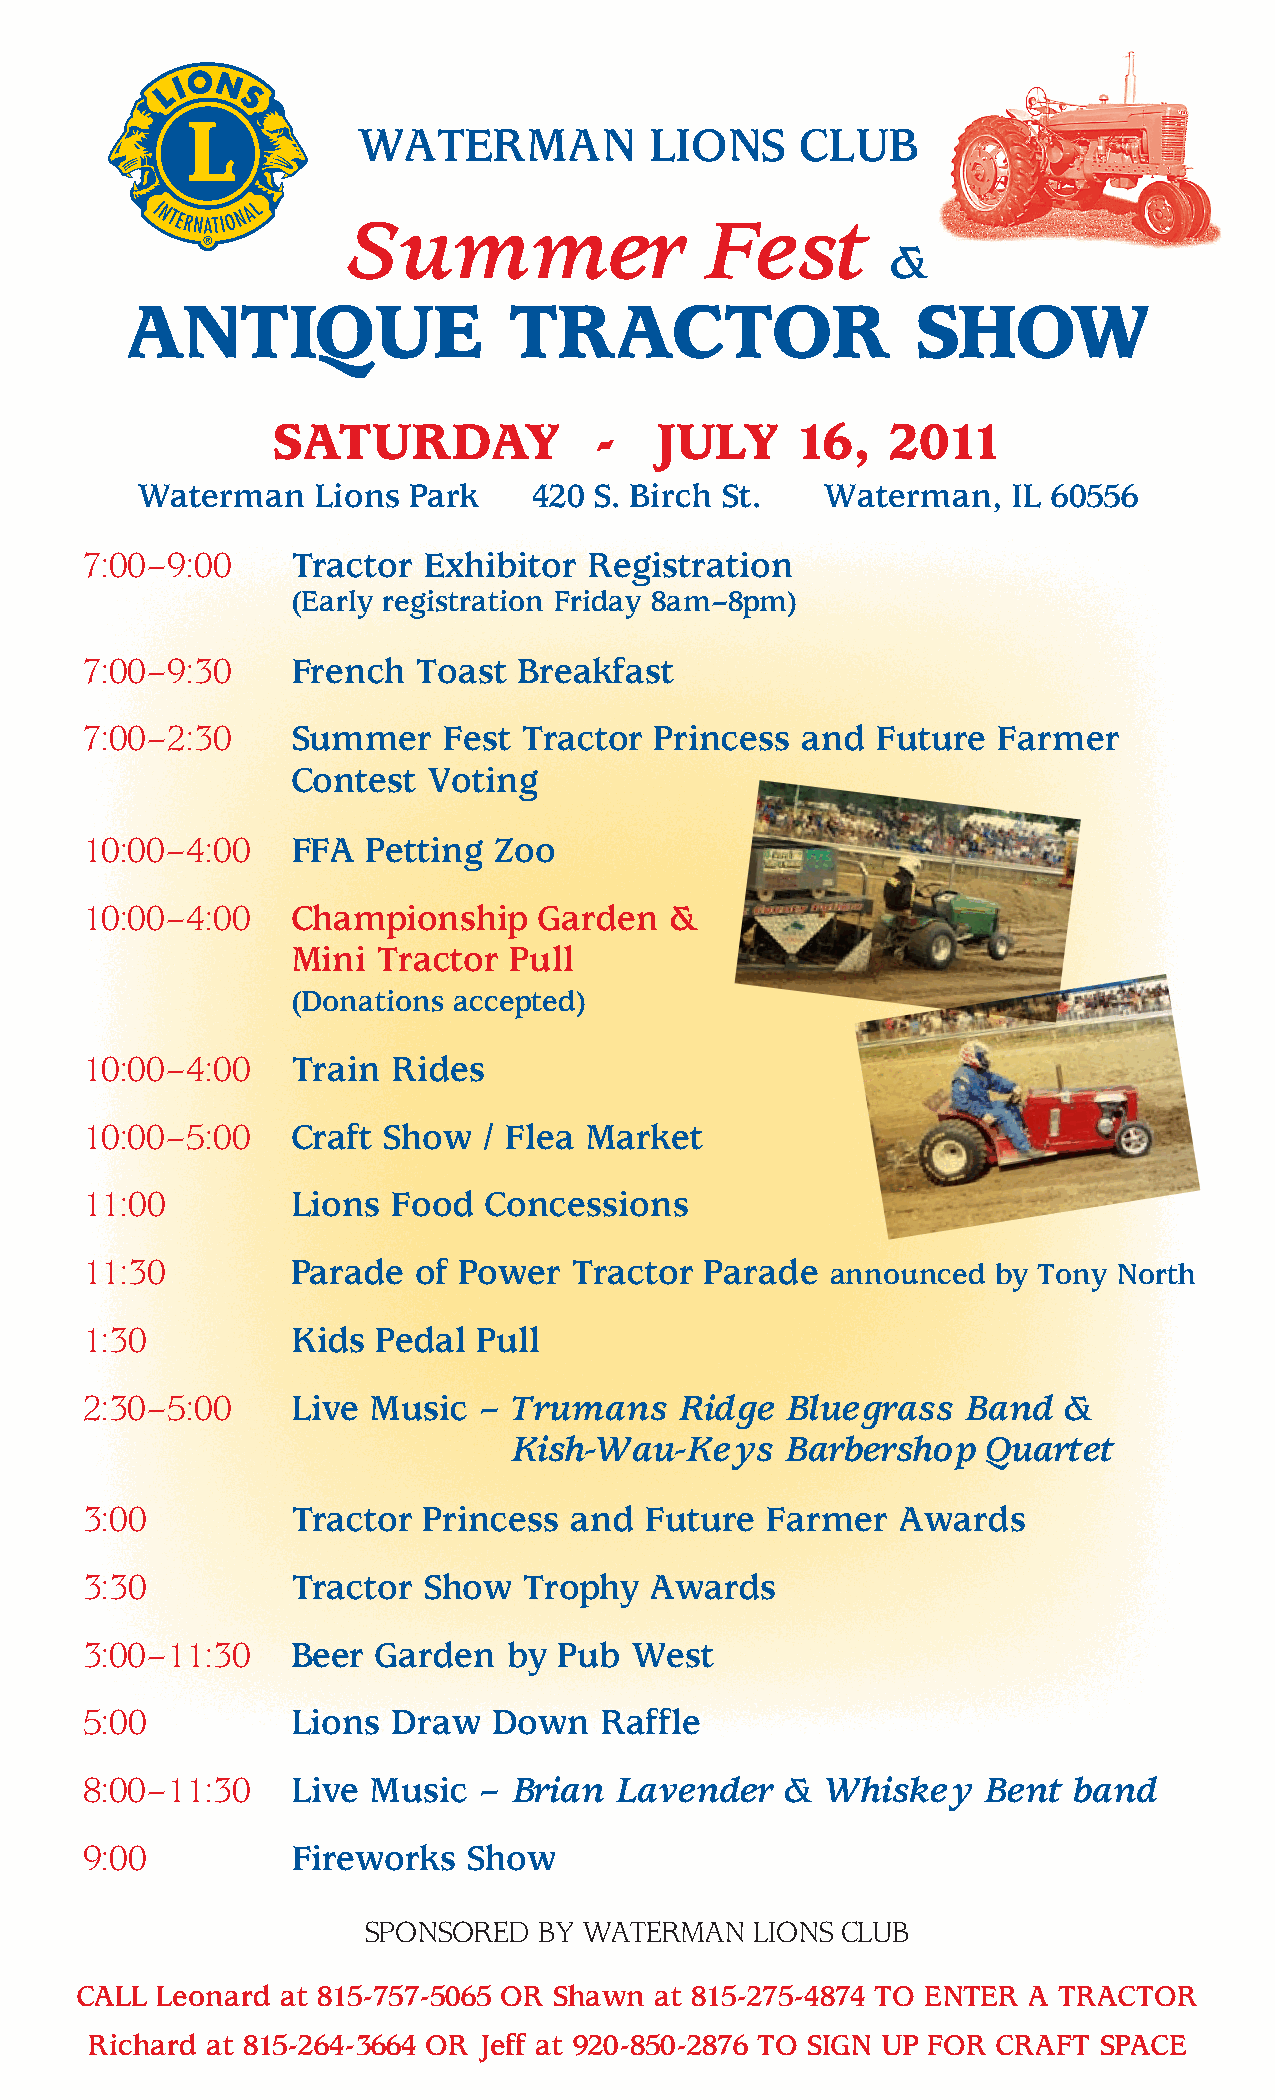
WATERMAN           LIONS     CLUB
 Summer                  Fest
 &
 ANTIQUE                   TRACTOR                    SHOW
 SATURDAY             -   JULY      16,   2011
 Waterman    Lions Park    420 S. Birch St.    Waterman,   IL 60556
 7:00–9:00    Tractor  Exhibitor  Registration
 (Early registration Friday 8am–8pm)
 7:00–9:30    French   Toast Breakfast
 7:00–2:30    Summer    Fest  Tractor Princess  and  Future  Farmer
 Contest  Voting
 10:00–4:00   FFA  Petting  Zoo
 10:00–4:00   C hampionship    Garden  &
 Mini  Tractor  Pull
 (Donations accepted)
 10:00–4:00   Train  Rides
 10:00–5:00   Craft Show   / Flea Market
 11:00        Lions  Food  Concessions
 11:30        Parade   of Power  Tractor  Parade  announced  by Tony North
 1:30         Kids  Pedal  Pull
 2:30–5:00    Live  Music  – Trumans    Ridge  Bluegrass   Band  &
 Kish-Wau-Keys     Barbershop   Quartet
 3:00         Tractor  Princess  and  Future  Farmer   Awards
 3:30         Tractor  Show   Trophy  Awards
 3:00–11:30   Beer  Garden   by Pub  West
 5:00         Lions  Draw   Down   Raffle
 8:00–11:30   Live  Music  – Brian  Lavender   &  Whiskey   Bent  band
 9:00         Fireworks   Show
 SPONSORED   BY WATERMAN   LIONS CLUB
 CALL Leonard  at 815-757-5065 OR Shawn at 815-275-4874 TO ENTER A TRACTOR
 Richard at 815-264-3664 OR Jeff at 920-850-2876 TO SIGN UP FOR CRAFT SPACE